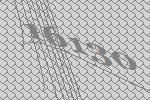
16130